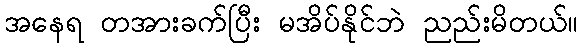
အနေရ တအားခက်ပြီး မအိပ်နိုင်ဘဲ ညည်းမိတယ်။